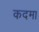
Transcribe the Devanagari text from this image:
कदमा